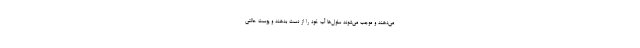
می‌دهند و موجب می‌شوند سلول‌ها آب خود را از دست بدهند و پوست حالتی